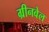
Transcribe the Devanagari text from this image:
ग्रीनवेल